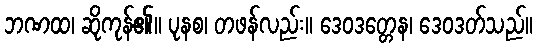
ဘဏထ၊ ဆိုကုန်၏။ ပုနစ၊ တဖန်လည်း။ ဒေဝဒတ္တေန၊ ဒေဝဒတ်သည်။